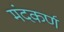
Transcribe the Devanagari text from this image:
मंदकर्ण